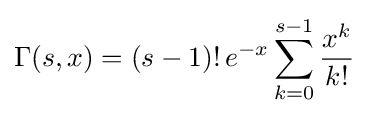
\Gamma (s,x)=(s-1)!\,e^{-x}\sum _{k=0}^{s-1}{\frac {x^{k}}{k!}}